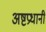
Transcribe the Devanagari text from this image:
अष्टप्रधानी